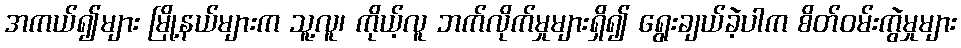
အကယ်၍များ မြို့နယ်များက သူ့လူ၊ ကိုယ့်လူ ဘက်လိုက်မှုများရှိ၍ ရွေးချယ်ခဲ့ပါက စိတ်ဝမ်းကွဲမှုများ